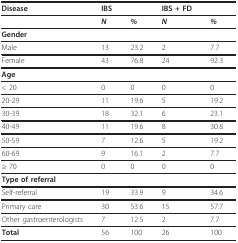
| Disease | IBS |  | IBS + FD |  |
 | --- | --- | --- | --- | --- |
 |  | N | % | N | % |
 | Gender |  |  |  |  |
 | Male | 13 | 23.2 | 2 | 7.7 |
 | Female | 43 | 76.8 | 24 | 92.3 |
 | Age |  |  |  |  |
 | < 20 | 0 | 0 | 0 | 0 |
 | 20-29 | 11 | 19.6 | 5 | 19.2 |
 | 30-39 | 18 | 32.1 | 6 | 23.1 |
 | 40-49 | 11 | 19.6 | 8 | 30.8 |
 | 50-59 | 7 | 12.6 | 5 | 19.2 |
 | 60-69 | 9 | 16.1 | 2 | 7.7 |
 | ≥ 70 | 0 | 0 | 0 | 0 |
 | Type of referral |  |  |  |  |
 | Self-referral | 19 | 33.9 | 9 | 34.6 |
 | Primary care | 30 | 53.6 | 15 | 57.7 |
 | Other gastroenterologists | 7 | 12.5 | 2 | 7.7 |
 | Total | 56 | 100 | 26 | 100 |